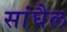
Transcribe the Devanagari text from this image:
सांघैल